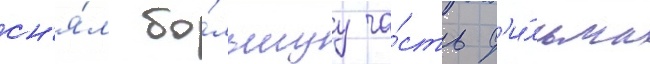
сн'я́л бо́льшуу ча́сть ф'и́льма